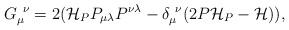
LaTeX: \begin{align*}G_{\mu }^{~\nu }=2({\cal H}_{P}P_{\mu \lambda }P^{\nu \lambda }-\delta _{\mu}^{~\nu }(2P{\cal H}_{P}-{\cal H})), \end{align*}